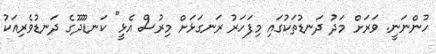
ހުންނަނީ. ވަރަށް މަދު ދަނޑުތަކުގައި މިފަހަރު ރަނގަޅަށް މިރުސް އެޅީ" ކަނޑޫދޫގެ ދަނޑުވެރިއަކު